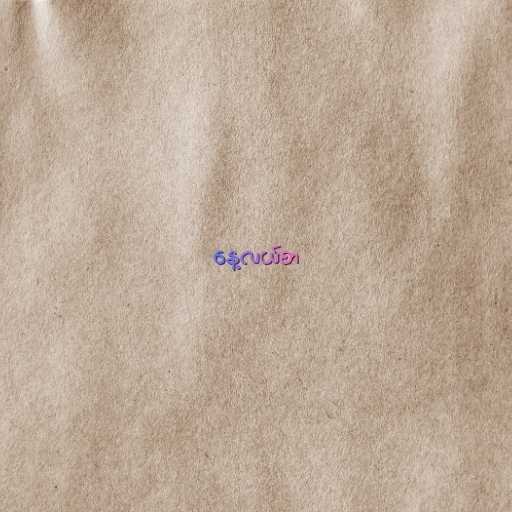
နေ့လယ်စာ